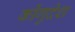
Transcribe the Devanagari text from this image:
कोंगुदेश